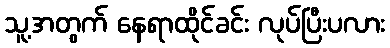
သူ့အတွက် နေရာထိုင်ခင်း လုပ်ပြီးပလား